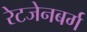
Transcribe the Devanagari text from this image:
रेटजेनबर्ग